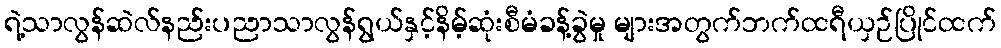
ရဲ့သာလွန်ဆဲလ်နည်းပညာသာလွန်ရွယ်နှင့်နိမ့်ဆုံးစီမံခန့်ခွဲမှု များအတွက်ဘက်ထရီယှဉ်ပြိုင်ထက်